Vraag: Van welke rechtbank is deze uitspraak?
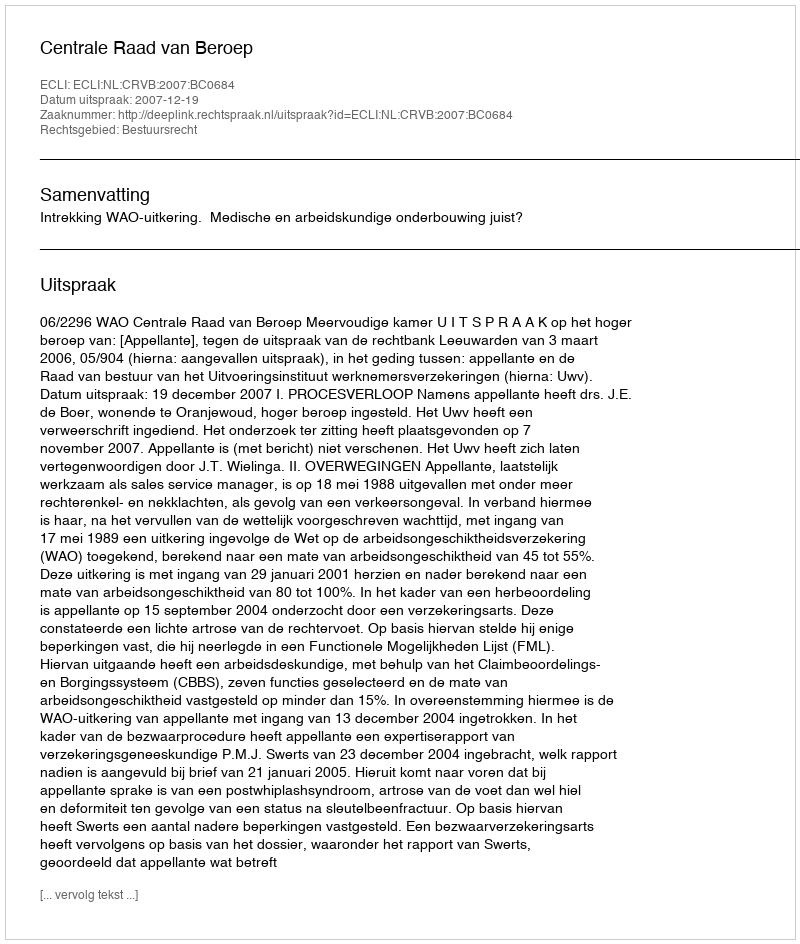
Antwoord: Centrale Raad van Beroep